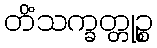
တိံသက္ခတ္တုဉ္စ